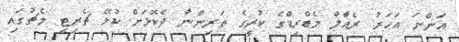
އަންނަ އަހަރު ރެއާލް މެޑްރިޑްގެ ކުރީގެ ތަރިންނާ ދެކޮޅަށް ކުޅޭ ޗެރިޓީ މެޗުގައި